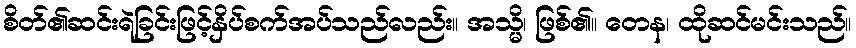
စိတ်၏ဆင်းရဲခြင်းဖြင့်နှိပ်စက်အပ်သည်လည်း။ အသ္မိ၊ ဖြစ်၏။ တေန၊ ထိုဆင်မင်းသည်။